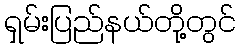
ရှမ်းပြည်နယ်တို့တွင်